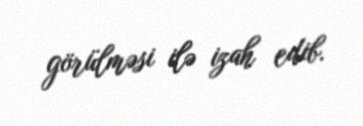
görülməsi ilə izah edib.